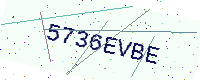
Text: 5736EVBE